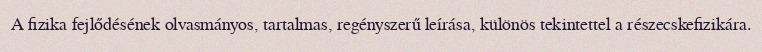
A fizika fejlődésének olvasmányos, tartalmas, regényszerű leírása, különös tekintettel a részecskefizikára.